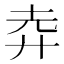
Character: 𢌻